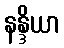
နန္ဒိယာ